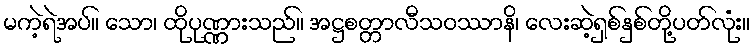
မကဲ့ရဲအပ်။ သော၊ ထိုပုဏ္ဏားသည်။ အဋ္ဌစတ္တာလီသဝဿာနိ၊ လေးဆဲ့ရှစ်နှစ်တို့ပတ်လုံး။